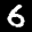
Label: 6